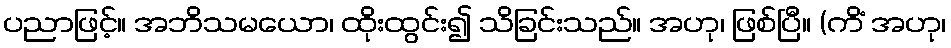
ပညာဖြင့်။ အဘိသမယော၊ ထိုးထွင်း၍ သိခြင်းသည်။ အဟု၊ ဖြစ်ပြီ။ (ကိံ အဟု၊